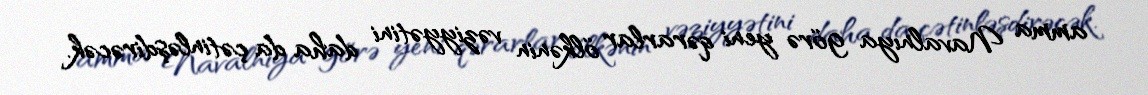
amma Navalnıya görə yeni qərarlar ölkənin vəziyyətini daha da çətinləşdirəcək.